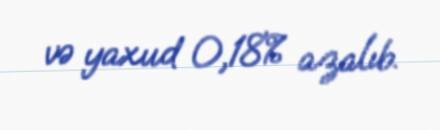
və yaxud 0,18% azalıb.